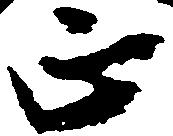
正